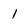
Character: l